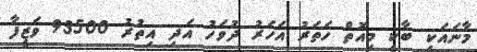
މާނައަކީ ބާކީ މިއޮތް ހަތަރު އަހަރު ދުވަހު އަދި އިތުރު 93500 ވަޒީފާ